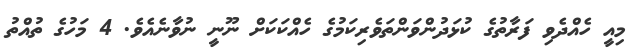
މިއީ ހެއްދެވި ފަރާތުގެ ކުޅަދުންވަންތަވެރިކަމުގެ ހެއްކަކަށް ނޫނީ ނުވާނެއެވެ. 4 މަހުގެ ތުއްތު